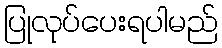
ပြုလုပ်ပေးရပါမည်